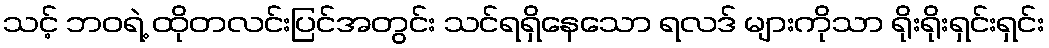
သင့် ဘဝရဲ့ ထိုတလင်းပြင်အတွင်း သင်ရရှိနေသော ရလဒ် များကိုသာ ရိုးရိုးရှင်းရှင်း